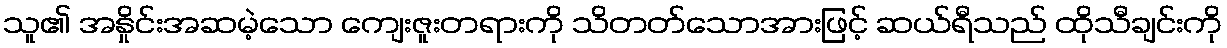
သူ၏ အနှိုင်းအဆမဲ့သော ကျေးဇူးတရားကို သိတတ်သောအားဖြင့် ဆယ်ရီသည် ထိုသီချင်းကို